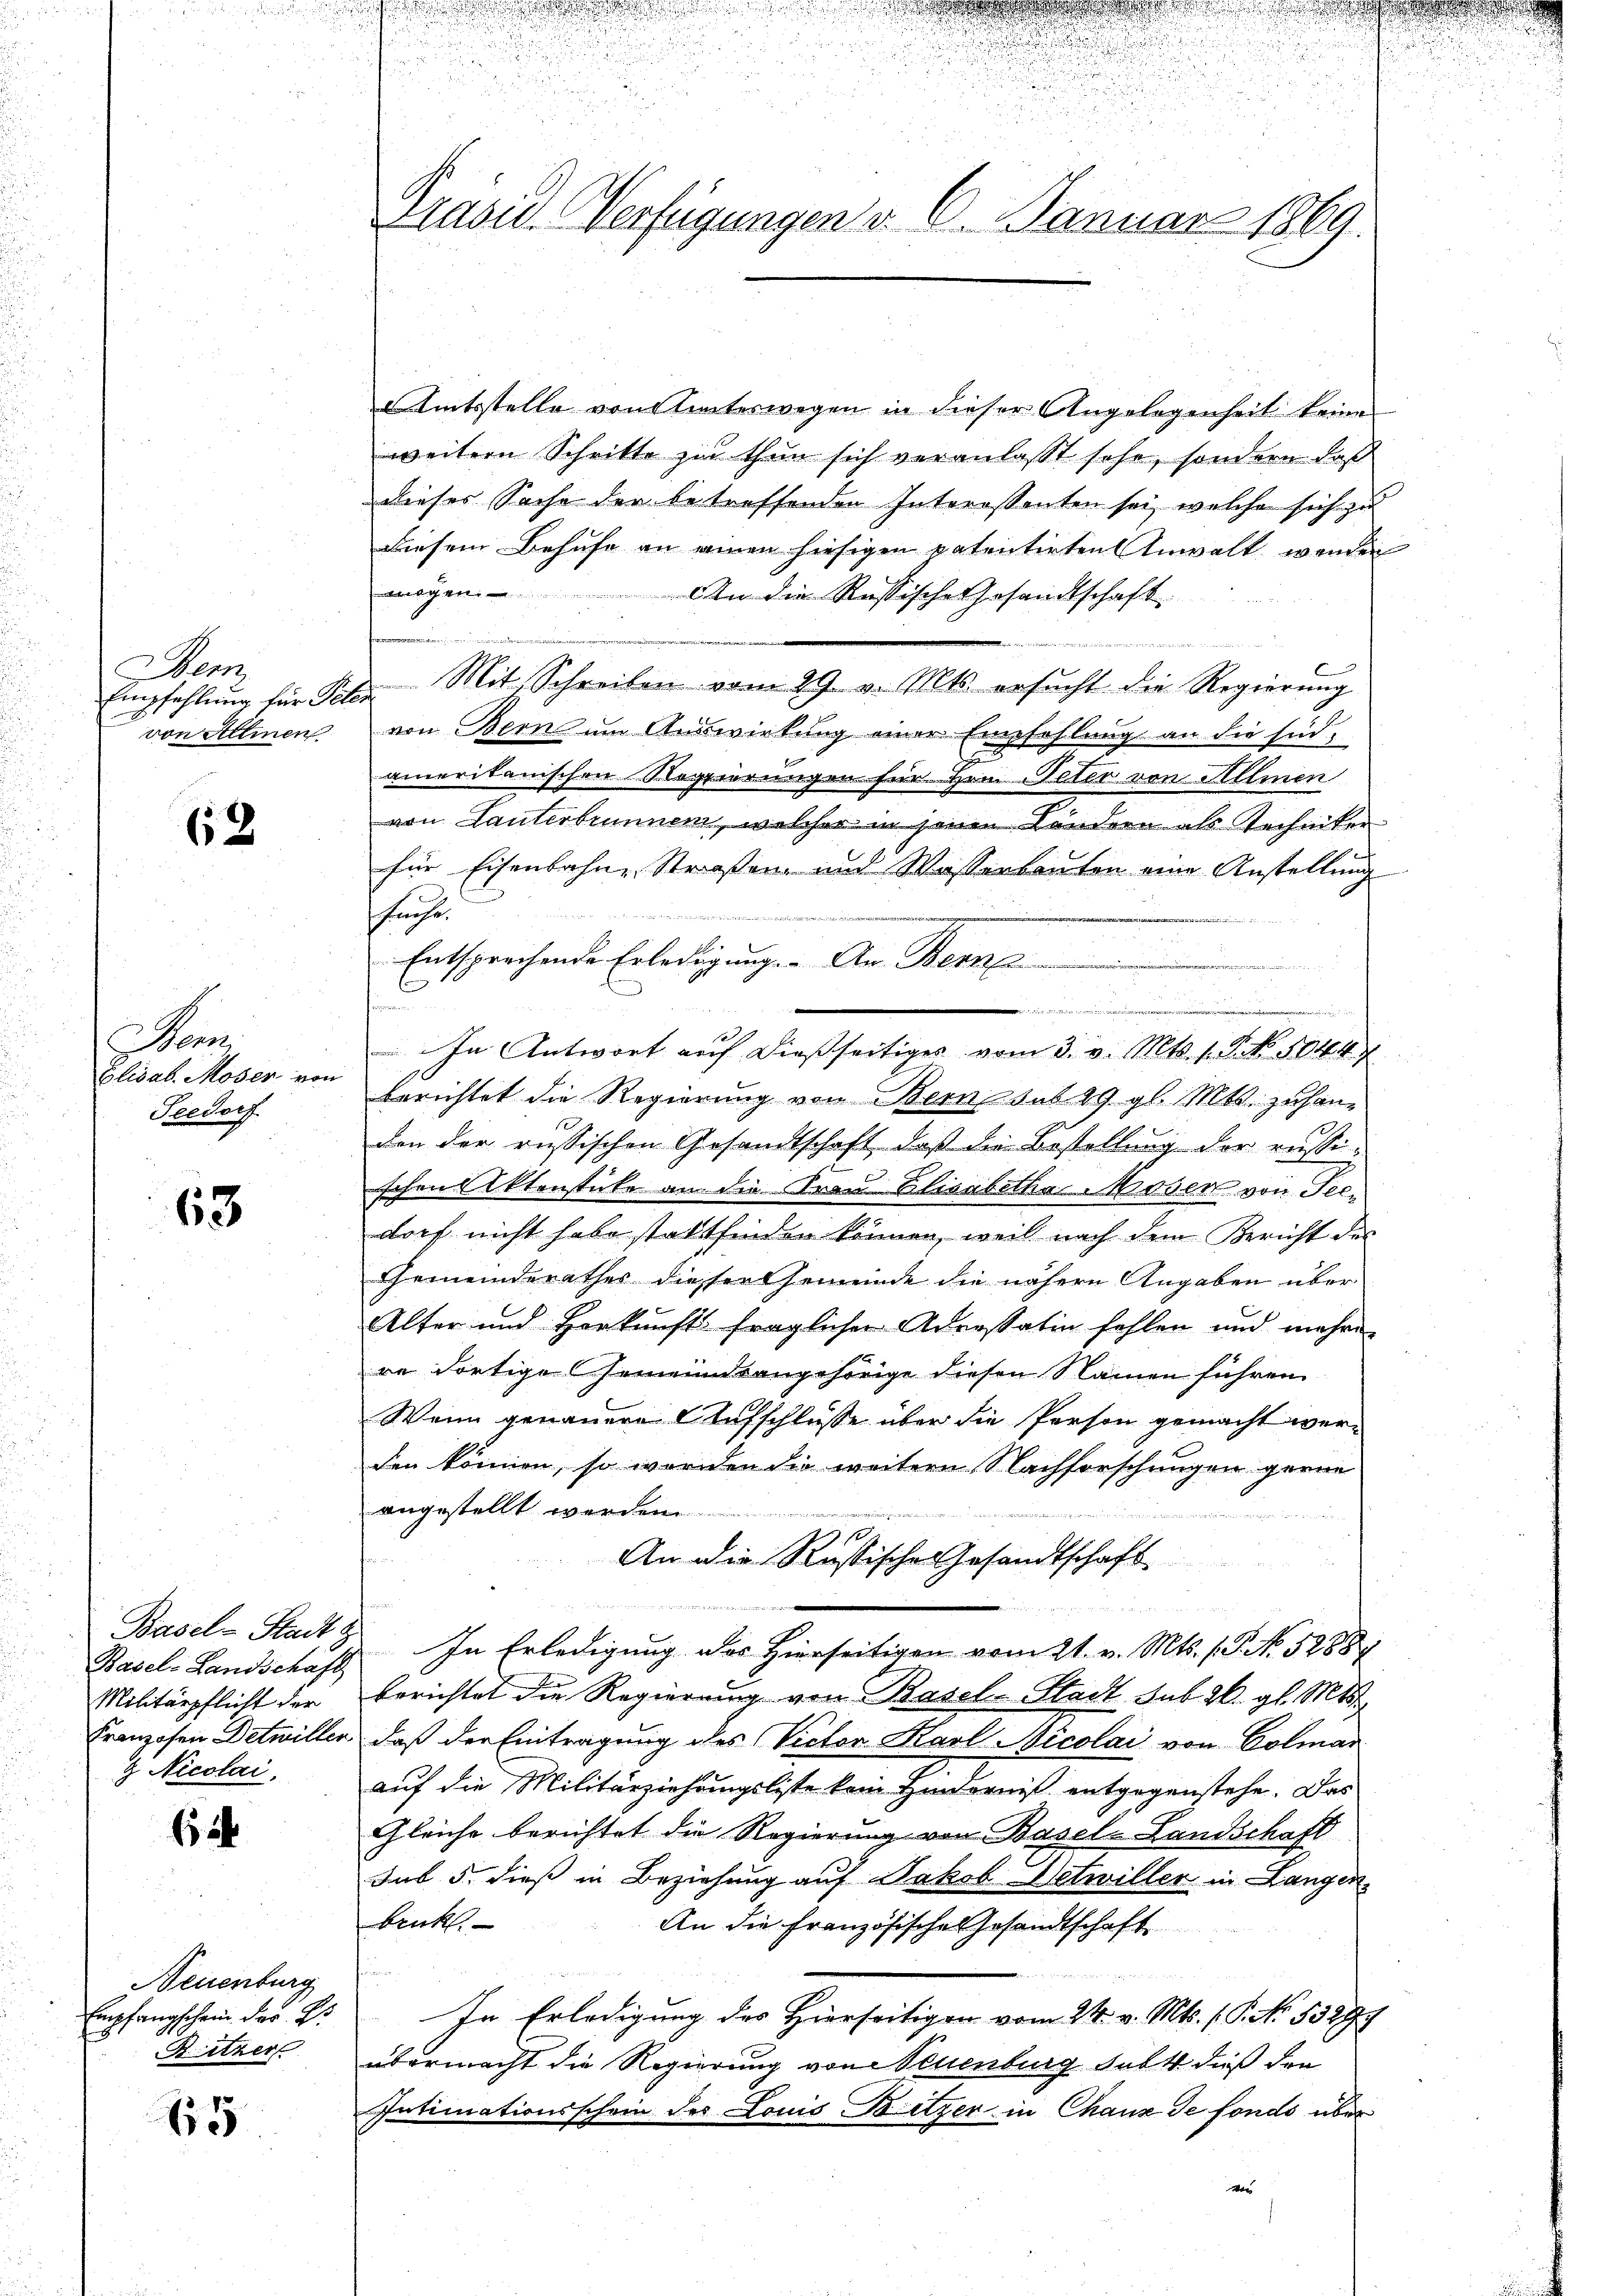
Wenn
Empfehlung für Peter
von Altinen

62

am
Elisab. Moser von
Geedorf

63

Basel-Landschaft
Militärpflicht der
 Nicolai.

6 2

Neuenburg
Empfangschein der V
Ritzer

15

.
.
u

.
5
.
.
d
Präsid-Verfügungen v. 6. Januar 1869.

u

Amtsstelle von Seiteswegen in dieser Angelegenheit keine
weitere Schritte zu thun sich veranlasst sehe, sondern daß
dieses Sache der betreffenden Interessanten sei, welche sich zu
Diesem Behufe an einen hiesigen patentirten Anwalt werden
mögen. An die Russische Gesandtschaft
Mit Schreiben vom 29. v. Mts. ersucht die Regierung
von Bern um Auswirkung einer Empfehlung an die sind,
amerikanischen Regierungen für Hrn. Peter von Allmen
von Lanterbrunnen, welcher in jenen Ländern als Techniker
für Eisenbahne Straßen und Wasserbauten eine Anstellung
frühe.

2.
 Entsprechende Erledigung. An Bern
.
a
In Antwort auf dießseitiges vom 3. v. Mts. 1. No 1044
berichtet die Regierung von Bern sub 29 gl. Mts. zuhandon der russischen Gesandtschaft, daß die Bestellung der russischen Aktenstücke an die Frau Elisabetha Moser von Seedorf nicht habe stattfinden können, weil nach dem Bericht des
Gemeinderathes dieser Gemeinde die nähern Angaben über
Alter und Herkunft fraglicher Adressatin fehlen und mehrer
re dortige Gemeindsangehörige diesen Namen führen
Wenn genauere Aufschlusse über die Person gemacht werden können, so werden die weitern Nachforschungen gerne
angestellt wer
15
An die Russische Gesandtschaft
8 Fr. 10
Basel-Stadts. In Erledigung des Hierseitigen vom 21. v. Mts. (T. No. 52887
berichtet die Regierung von Basel-Stadt sub 26. gl. Mts.
Franzosen Detwiller, daß der Eintragung des Victor Karl Nicolai von Colmar
auf die Militärziehungsliste kein Hinderniß entgegenstehe. Das
Gleiche berichtet die Regierung von Basel-Landschaft
sus 5. dieß in Beziehung auf Jakob Vetwiller in Langen
bruk.
An die Französische Gesandtschaft
In Erledigung des Hierseitigen vom 24. v. Mts. 1. P. No. 53299
übermacht die Regierung von Neuenburg satt dieß den
Intimationsschein des Louis Ketzer in Chaux de fonds über
vor

2